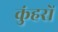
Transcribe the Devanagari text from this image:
कुंहरों